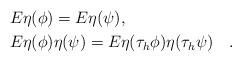
LaTeX: \begin{align*} &E\eta(\phi) = E\eta(\psi),\\ &E\eta(\phi)\eta(\psi) = E\eta(\tau_h\phi)\eta(\tau_h\psi)\quad. \end{align*}